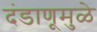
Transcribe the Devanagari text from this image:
दंडाणूमुळे